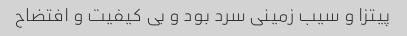
پیتزا و سیب زمینی سرد بود و بی کیفیت و افتضاح